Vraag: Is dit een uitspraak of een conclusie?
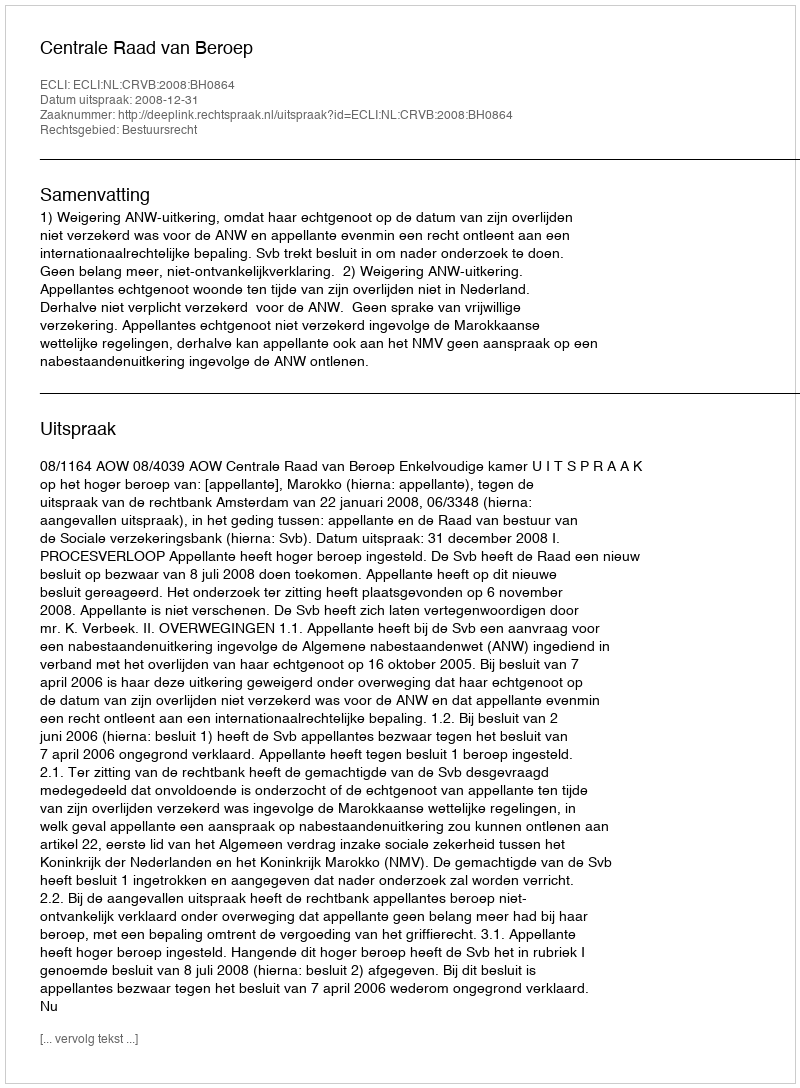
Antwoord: Uitspraak